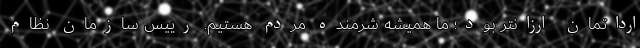
ارداتمان ارزانتر بود؛ ما همیشه شرمنده مردم هستیم. رییس سازمان نظام